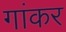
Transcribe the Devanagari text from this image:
गांकर